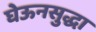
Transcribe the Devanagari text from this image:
घेऊनसुद्धा